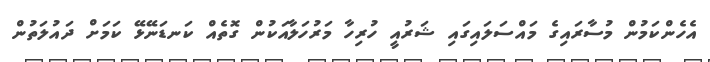
އެހެންކަމުން މުސާރައިގެ މައްސަލައިގައި ޝަރުއީ ހުރިހާ މަރުހަލާއަކުން ގޮތެއް ކަނޑަނޭޅޭ ކަމަށް ދައުލަތުން